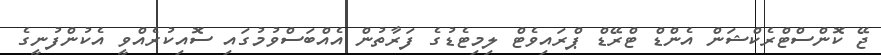
ޖޭ ކޮންސްޓްރެކްޝަން އެންޑް ޓްރޭޑް ޕްރައިވެޓް ލިމިޓެޑުގެ ފަރާތުން އެއްބަސްވުމުގައި ސޮއިކުރެއްވީ އެކުންފުނީގެ